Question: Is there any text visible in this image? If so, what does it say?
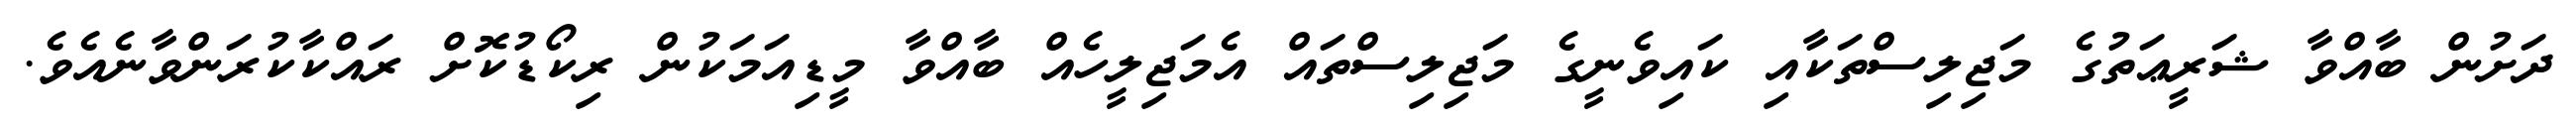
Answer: ދަށުން ބާއްވާ ޝަރީޢަތުގެ މަޖިލިސްތަކާއި ކައިވެނީގެ މަޖިލިސްތައް އެމަޖިލީހެއް ބާއްވާ މީޑިއަމަކުން ރިކޯޑުކޮށް ރައްކާކުރަންވާނެއެވެ.